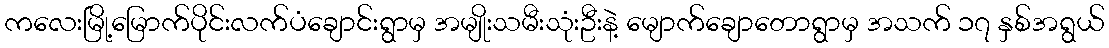
ကလေးမြို့မြောက်ပိုင်းလက်ပံချောင်းရွာမှ အမျိုးသမီးသုံးဦးနဲ့ မျောက်ချောတောရွာမှ အသက် ၁၇ နှစ်အရွယ်